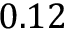
0 . 1 2